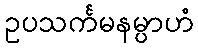
ဥပသင်္ကမနမ္ပာဟံ